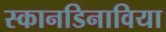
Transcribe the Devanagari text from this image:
स्कानडिनाविया